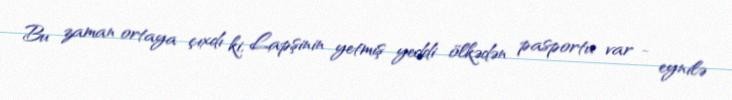
Bu zaman ortaya çıxdı ki, Lapşinin yetmiş yeddi ölkədən pasportu var - eynilə